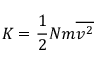
K = { \frac { 1 } { 2 } } N m { \overline { { v ^ { 2 } } } }